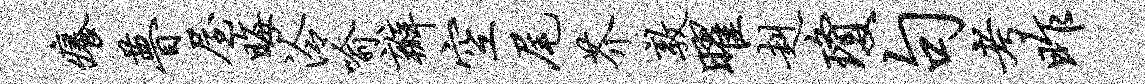
痒瞢屋晦泠喻瓣空尾芥敦曜赳琼句考昨